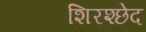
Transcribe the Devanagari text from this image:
शिरश्छेद